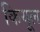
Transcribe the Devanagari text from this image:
कियूल